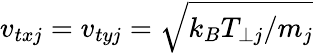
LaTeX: v_{txj}=v_{tyj}=\sqrt{k_{B}T_{\perp j}/m_{j}}